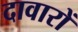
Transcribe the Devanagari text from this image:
दावारों